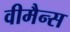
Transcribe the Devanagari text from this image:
वीमैन्स